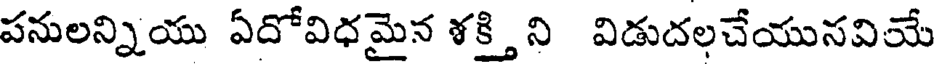
పనులన్నియు ఏదోవిధమైన శక్తి ని విడుదలచేయునవియే